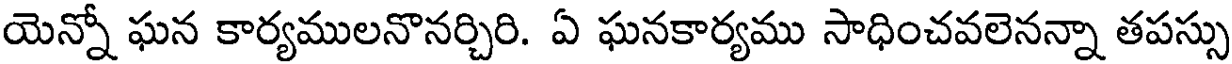
యెన్నో ఘన కార్యములనొనర్చిరి. ఏ ఘనకార్యము సాధించవలెనన్నా తపస్సు